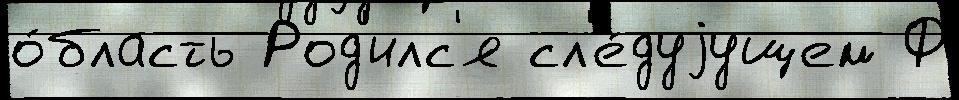
о́бласть Род'илс'я сл'е́дуjущем Ф